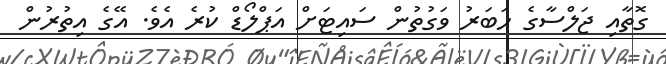
ގޮތާއި ޖަލްސާގެ ހަބަރު ވަގުތުން ސައިޓަށް އަޕްލޯޑް ކުރެ އެވެ. އޭގެ އިތުރުން